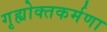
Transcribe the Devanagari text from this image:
गृह्योक्तकर्मणा